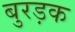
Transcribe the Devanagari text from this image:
बुरड़क